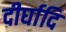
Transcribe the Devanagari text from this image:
दीर्घादि